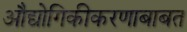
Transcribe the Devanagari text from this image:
औद्योगिकीकरणाबाबत